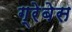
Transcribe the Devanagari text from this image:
ग्रेबेस